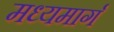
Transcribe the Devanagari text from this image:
मध्‍यमार्ग